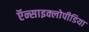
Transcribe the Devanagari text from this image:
ऍन्साइक्लोपीडिया